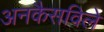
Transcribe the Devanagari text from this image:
अनकैसविले